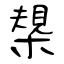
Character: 槼